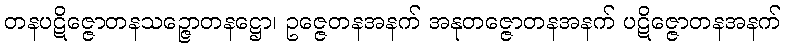
တနပဋိဇ္ဇောတနသဉ္ဇောတနဋ္ဌော၊ ဥဇ္ဇေတနအနက် အနုတဇ္ဇောတနအနက် ပဋိဇ္ဇောတနအနက်